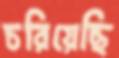
চরিয়েছি